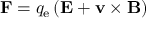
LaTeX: \mathbf { F } = q _ { \mathrm { e } } \left( \mathbf { E } + \mathbf { v } \times \mathbf { B } \right)